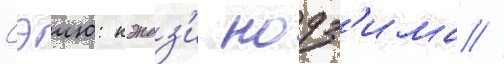
Сэию: кэндз'и нодз'има //